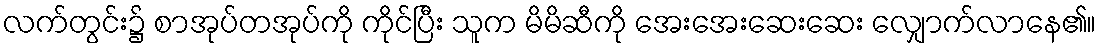
လက်တွင်း၌ စာအုပ်တအုပ်ကို ကိုင်ပြီး သူက မိမိဆီကို အေးအေးဆေးဆေး လျှောက်လာနေ၏။